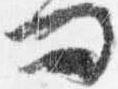
問